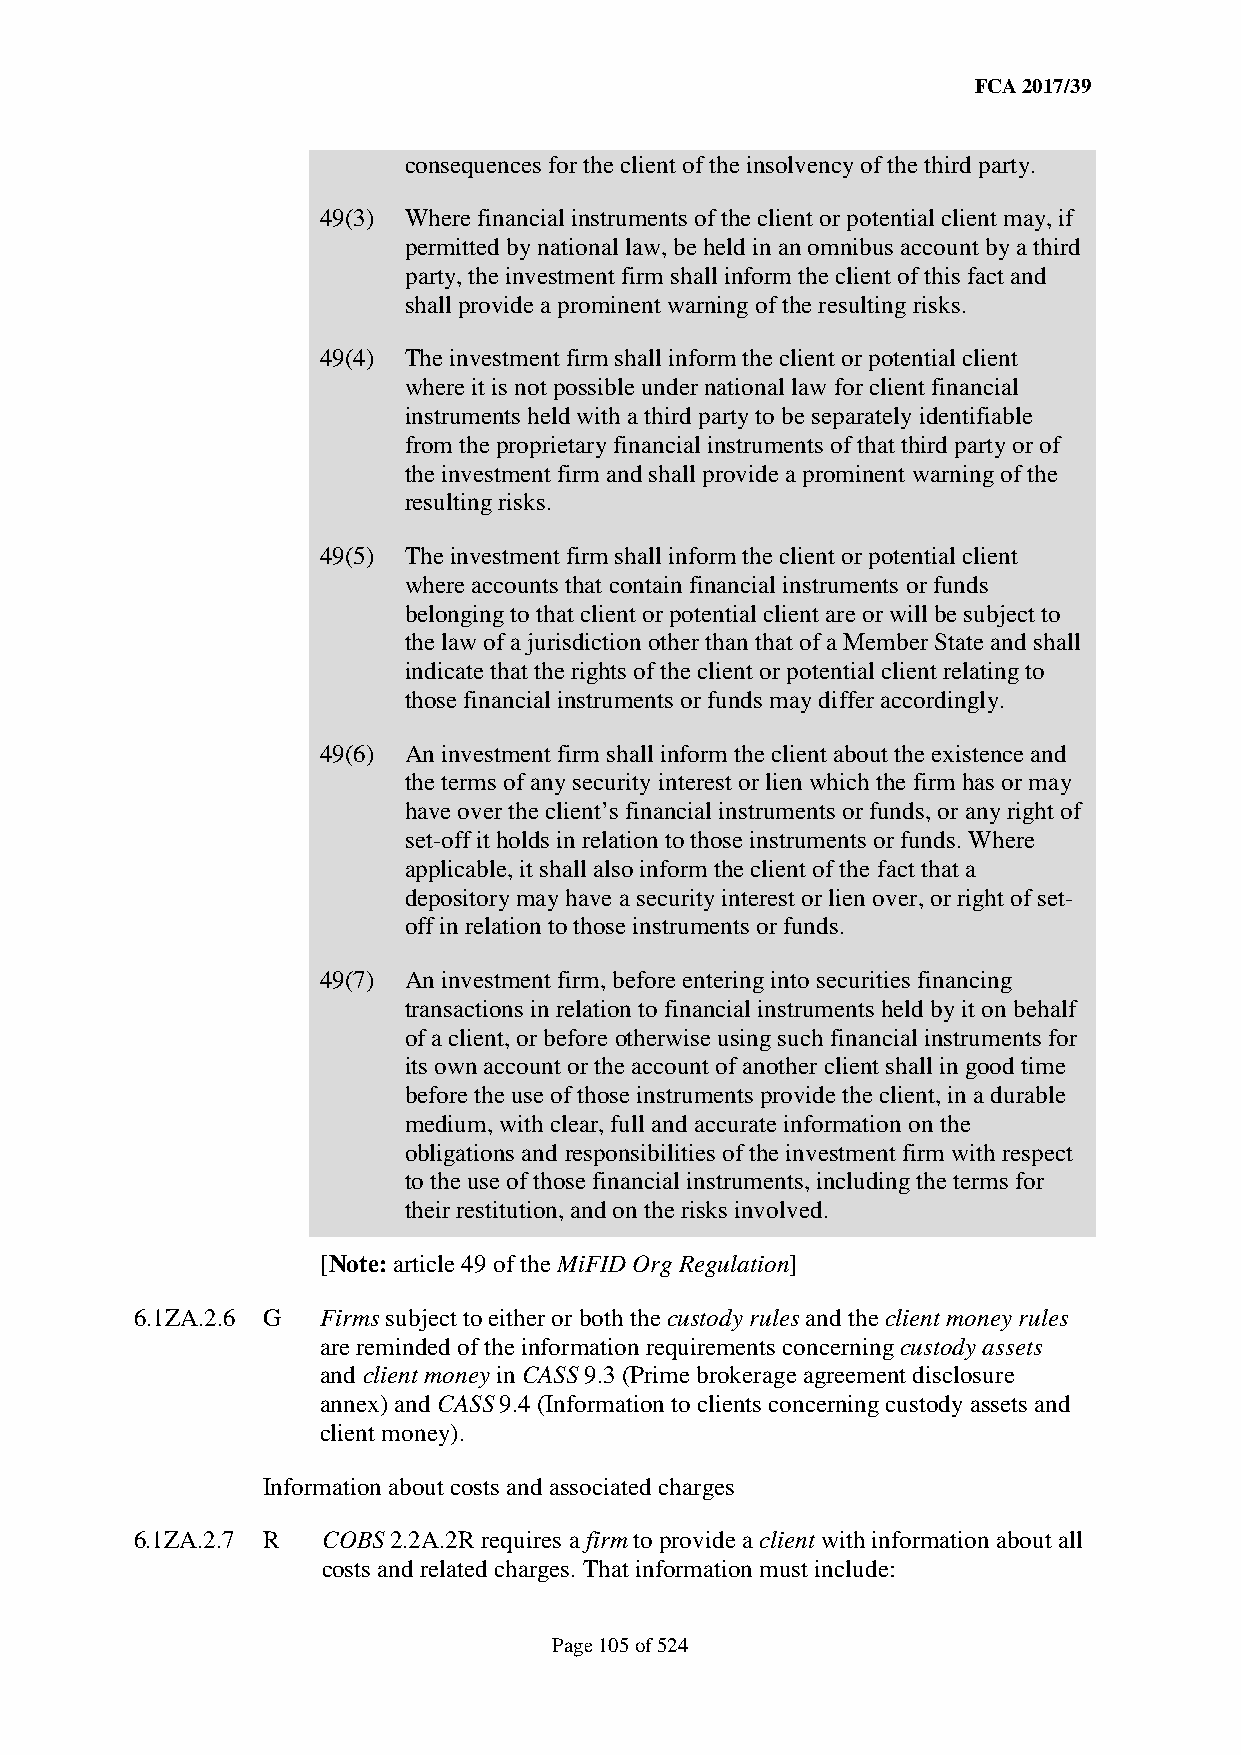
FCA 2017/39
 consequences for the client of the insolvency of the third party.
 49(3) Where financial instruments of the client or potential client may, if
 permitted by national law, be held in an omnibus account by a third
 party, the investment firm shall inform the client of this fact and
 shall provide a prominent warning of the resulting risks.
 49(4) The investment firm shall inform the client or potential client
 where it is not possible under national law for client financial
 instruments held with a third party to be separately identifiable
 from the proprietary financial instruments of that third party or of
 the investment firm and shall provide a prominent warning of the
 resulting risks.
 49(5) The investment firm shall inform the client or potential client
 where accounts that contain financial instruments or funds
 belonging to that client or potential client are or will be subject to
 the law of a jurisdiction other than that of a Member State and shall
 indicate that the rights of the client or potential client relating to
 those financial instruments or funds may differ accordingly.
 49(6) An investment firm shall inform the client about the existence and
 the terms of any security interest or lien which the firm has or may
 have over the client’s financial instruments or funds, or any right of
 set-off it holds in relation to those instruments or funds. Where
 applicable, it shall also inform the client of the fact that a
 depository may have a security interest or lien over, or right of set-
 off in relation to those instruments or funds.
 49(7) An investment firm, before entering into securities financing
 transactions in relation to financial instruments held by it on behalf
 of a client, or before otherwise using such financial instruments for
 its own account or the account of another client shall in good time
 before the use of those instruments provide the client, in a durable
 medium, with clear, full and accurate information on the
 obligations and responsibilities of the investment firm with respect
 to the use of those financial instruments, including the terms for
 their restitution, and on the risks involved.
 [Note: article 49 of the MiFID Org Regulation]
 6.1ZA.2.6 G Firms subject to either or both the custody rules and the client money rules
 are reminded of the information requirements concerning custody assets
 and client money in CASS 9.3 (Prime brokerage agreement disclosure
 annex) and CASS 9.4 (Information to clients concerning custody assets and
 client money).
 Information about costs and associated charges
 6.1ZA.2.7 R COBS 2.2A.2R requires a firm to provide a client with information about all
 costs and related charges. That information must include:
 Page 105 of 524